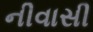
નીવાસી